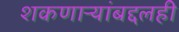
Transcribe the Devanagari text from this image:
शकणाऱ्यांबद्दलही